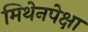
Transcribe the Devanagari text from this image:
मिथेनपेक्षा